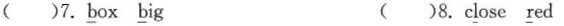
7. \underline{b}ox \underline{b}ig ( )8. c\underline{l}ose \underline{r}ed